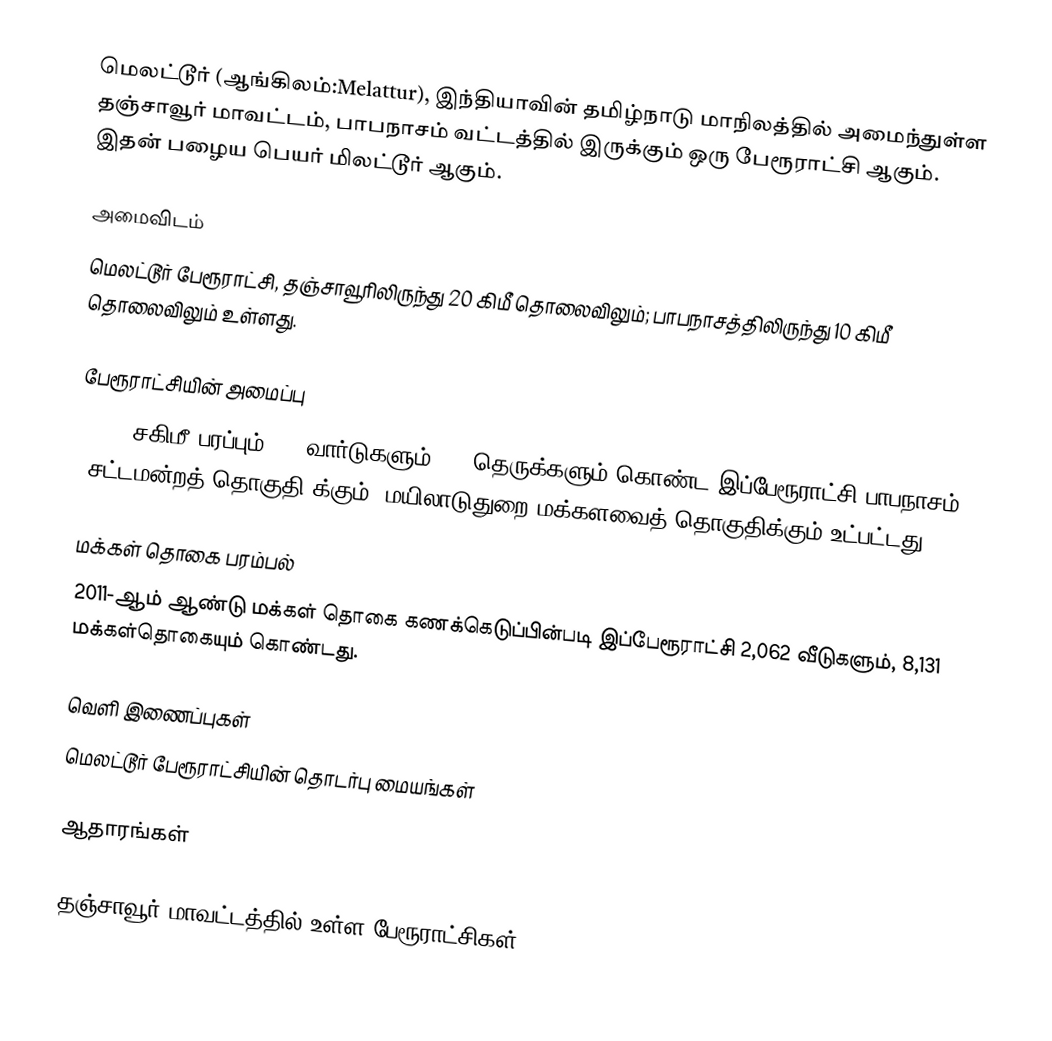
மெலட்டூர் (ஆங்கிலம்:Melattur), இந்தியாவின் தமிழ்நாடு மாநிலத்தில் அமைந்துள்ள தஞ்சாவூர் மாவட்டம், பாபநாசம் வட்டத்தில் இருக்கும் ஒரு பேரூராட்சி ஆகும். இதன் பழைய பெயர் மிலட்டூர் ஆகும்.

அமைவிடம்
மெலட்டூர் பேரூராட்சி, தஞ்சாவூரிலிருந்து 20 கிமீ தொலைவிலும்; பாபநாசத்திலிருந்து 10 கிமீ தொலைவிலும் உள்ளது.

பேரூராட்சியின் அமைப்பு
27.05 சகிமீ பரப்பும்,  15  வார்டுகளும்,   64  தெருக்களும் கொண்ட இப்பேரூராட்சி  பாபநாசம் (சட்டமன்றத் தொகுதி)க்கும், மயிலாடுதுறை மக்களவைத் தொகுதிக்கும் உட்பட்டது.

மக்கள் தொகை பரம்பல்
2011-ஆம் ஆண்டு மக்கள் தொகை கணக்கெடுப்பின்படி  இப்பேரூராட்சி  2,062    வீடுகளும், 8,131 மக்கள்தொகையும் கொண்டது.

வெளி இணைப்புகள்
 மெலட்டூர் பேரூராட்சியின் தொடர்பு மையங்கள்

ஆதாரங்கள்

தஞ்சாவூர் மாவட்டத்தில் உள்ள பேரூராட்சிகள்